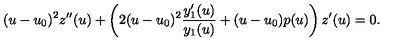
( u - u _ { 0 } ) ^ { 2 } z ^ { \prime \prime } ( u ) + \left( 2 ( u - u _ { 0 } ) ^ { 2 } \frac { y _ { 1 } ^ { \prime } ( u ) } { y _ { 1 } ( u ) } + ( u - u _ { 0 } ) p ( u ) \right) z ^ { \prime } ( u ) = 0 .